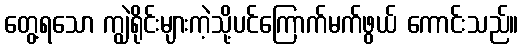
တွေ့ရသော ကျွဲရိုင်းများကဲ့သို့ပင်ကြောက်မက်ဖွယ် ကောင်းသည်။